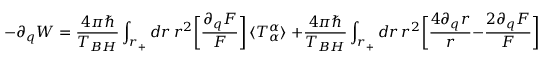
- \partial _ { q } W = \frac { 4 \pi \hbar } { T _ { B H } } \int _ { r _ { + } } d r \, r ^ { 2 } \: \biggl [ \frac { \partial _ { q } F } { F } \biggr ] \, \langle T _ { \alpha } ^ { \alpha } \rangle \; + \frac { 4 \pi \hbar } { T _ { B H } } \int _ { r _ { + } } d r \, r ^ { 2 } \: \biggl [ \frac { 4 \partial _ { q } r } { r } - \frac { 2 \partial _ { q } F } { F } \biggr ] \, \langle T _ { \theta } ^ { \theta } \rangle + \cdots .